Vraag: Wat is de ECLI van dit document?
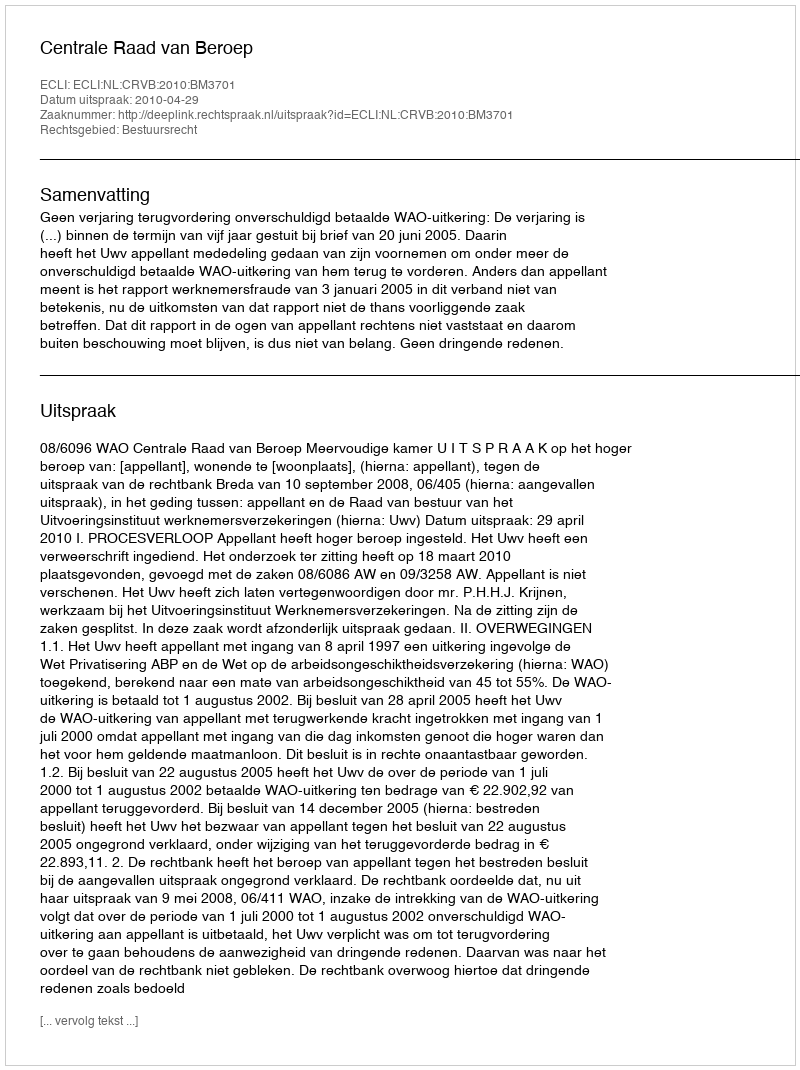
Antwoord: ECLI:NL:CRVB:2010:BM3701